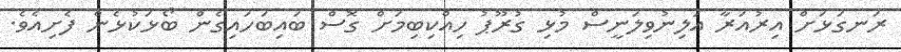
ރަނގަޅަށް އިރުއަރާ އަލިނުވިލަނީސް މުޅި ގުރޫޕު ހިއްކިބިމަށް ގޮސް ބައިބަހައިގެން ބޯޅަކުޅެން ފެށިއެވެ.